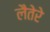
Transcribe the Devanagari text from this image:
लैतेरे